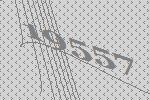
19557